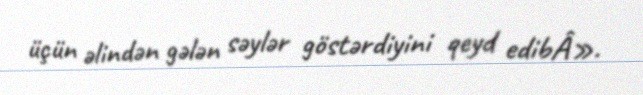
üçün əlindən gələn səylər göstərdiyini qeyd edibÂ».